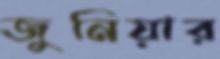
জুনিয়ার